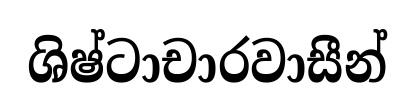
ශිෂ්ටාචාරවාසීන්